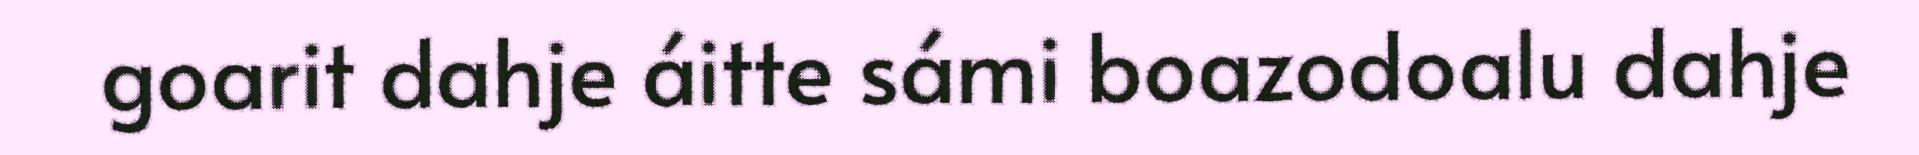
goarit dahje áitte sámi boazodoalu dahje